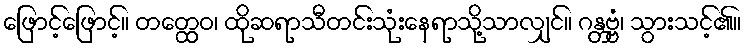
ဖြောင့်ဖြောင့်။ တတ္ထေဝ၊ ထိုဆရာသီတင်းသုံးနေရာသို့သာလျှင်။ ဂန္တဗ္ဗံ၊ သွားသင့်၏။